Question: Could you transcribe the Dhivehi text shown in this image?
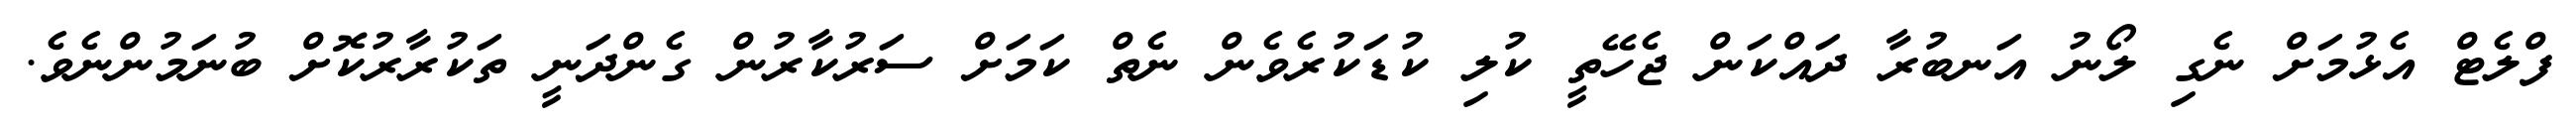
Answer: ފްލެޓް އެޅުމަށް ނެގި ލޯނު އަނބުރާ ދައްކަން ޖެހޭތީ ކުލި ކުޑަކުރެވެން ނެތް ކަމަށް ސަރުކާރުން ގެންދަނީ ތަކުރާރުކޮށް ބުނަމުންނެވެ.